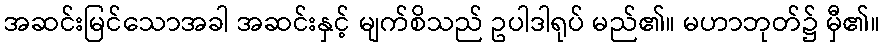
အဆင်းမြင်သောအခါ အဆင်းနှင့် မျက်စိသည် ဥပါဒါရုပ် မည်၏။ မဟာဘုတ်၌ မှီ၏။